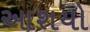
આશયો